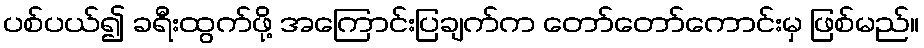
ပစ်ပယ်၍ ခရီးထွက်ဖို့ အကြောင်းပြချက်က တော်တော်ကောင်းမှ ဖြစ်မည်။